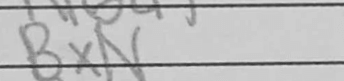
Transcription: BxN